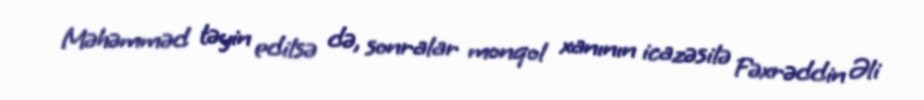
Məhəmməd təyin edilsə də, sonralar monqol xanının icazəsilə Fəxrəddin Əli